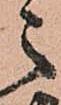
之